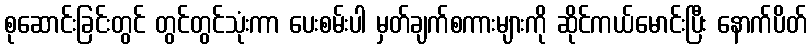
စုဆောင်းခြင်းတွင် တွင်တွင်သုံးကာ ပေးစမ်းပါ မှတ်ချက်စကားများကို ဆိုင်ကယ်မောင်းပြီး နောက်ပိတ်